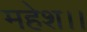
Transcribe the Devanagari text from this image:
महेश।।